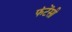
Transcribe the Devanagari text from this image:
फंटेंसी